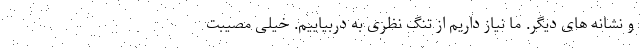
و نشانه های دیگر. ما نیاز داریم از تنگ نظری به دربیاییم. خیلی مصیبت